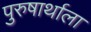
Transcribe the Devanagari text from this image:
पुरुषार्थाला